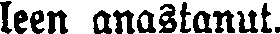
leen anastanut.